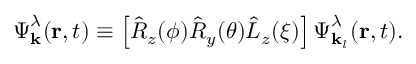
\boldsymbol { \Psi } _ { \mathbf { k } } ^ { \lambda } ( \mathbf { r } , t ) \equiv \left[ \hat { R } _ { z } ( \phi ) \hat { R } _ { y } ( \theta ) \hat { L } _ { z } ( \xi ) \right] \boldsymbol { \Psi } _ { \mathbf { k } _ { l } } ^ { \lambda } ( \mathbf { r } , t ) .